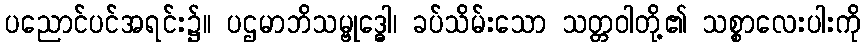
ပညောင်ပင်အရင်း၌။ ပဌမာဘိသမ္ဗုဒ္ဓေါ၊ ခပ်သိမ်းသော သတ္တဝါတို့၏ သစ္စာလေးပါးကို